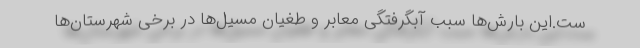
ست.این بارش‌ها سبب آبگرفتگی معابر و طغیان مسیل‌ها در برخی شهرستان‌ها